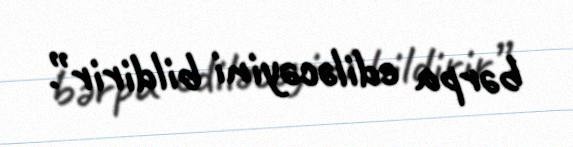
bərpa ediləcəyini bildirir”.